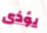
يؤذى